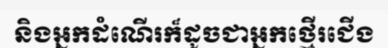
និងអ្នកដំណើរក៏ដូចជាអ្នកថ្មើរជើង